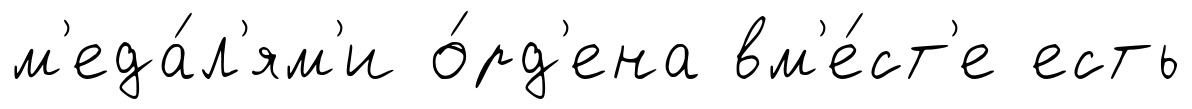
м'еда́л'ям'и о́рд'ена вм'е́ст'е есть